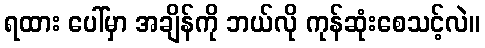
ရထား ပေါ်မှာ အချိန်ကို ဘယ်လို ကုန်ဆုံးစေသင့်လဲ။